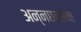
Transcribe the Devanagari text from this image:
अन्नछत्राचा